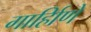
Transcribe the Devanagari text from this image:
गार्हािणे